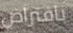
بافتراض